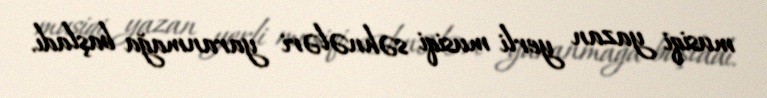
musiqi yazan yerli musiqi səhnələri yaranmağa başladı.